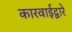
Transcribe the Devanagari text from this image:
कारवाईद्वारे